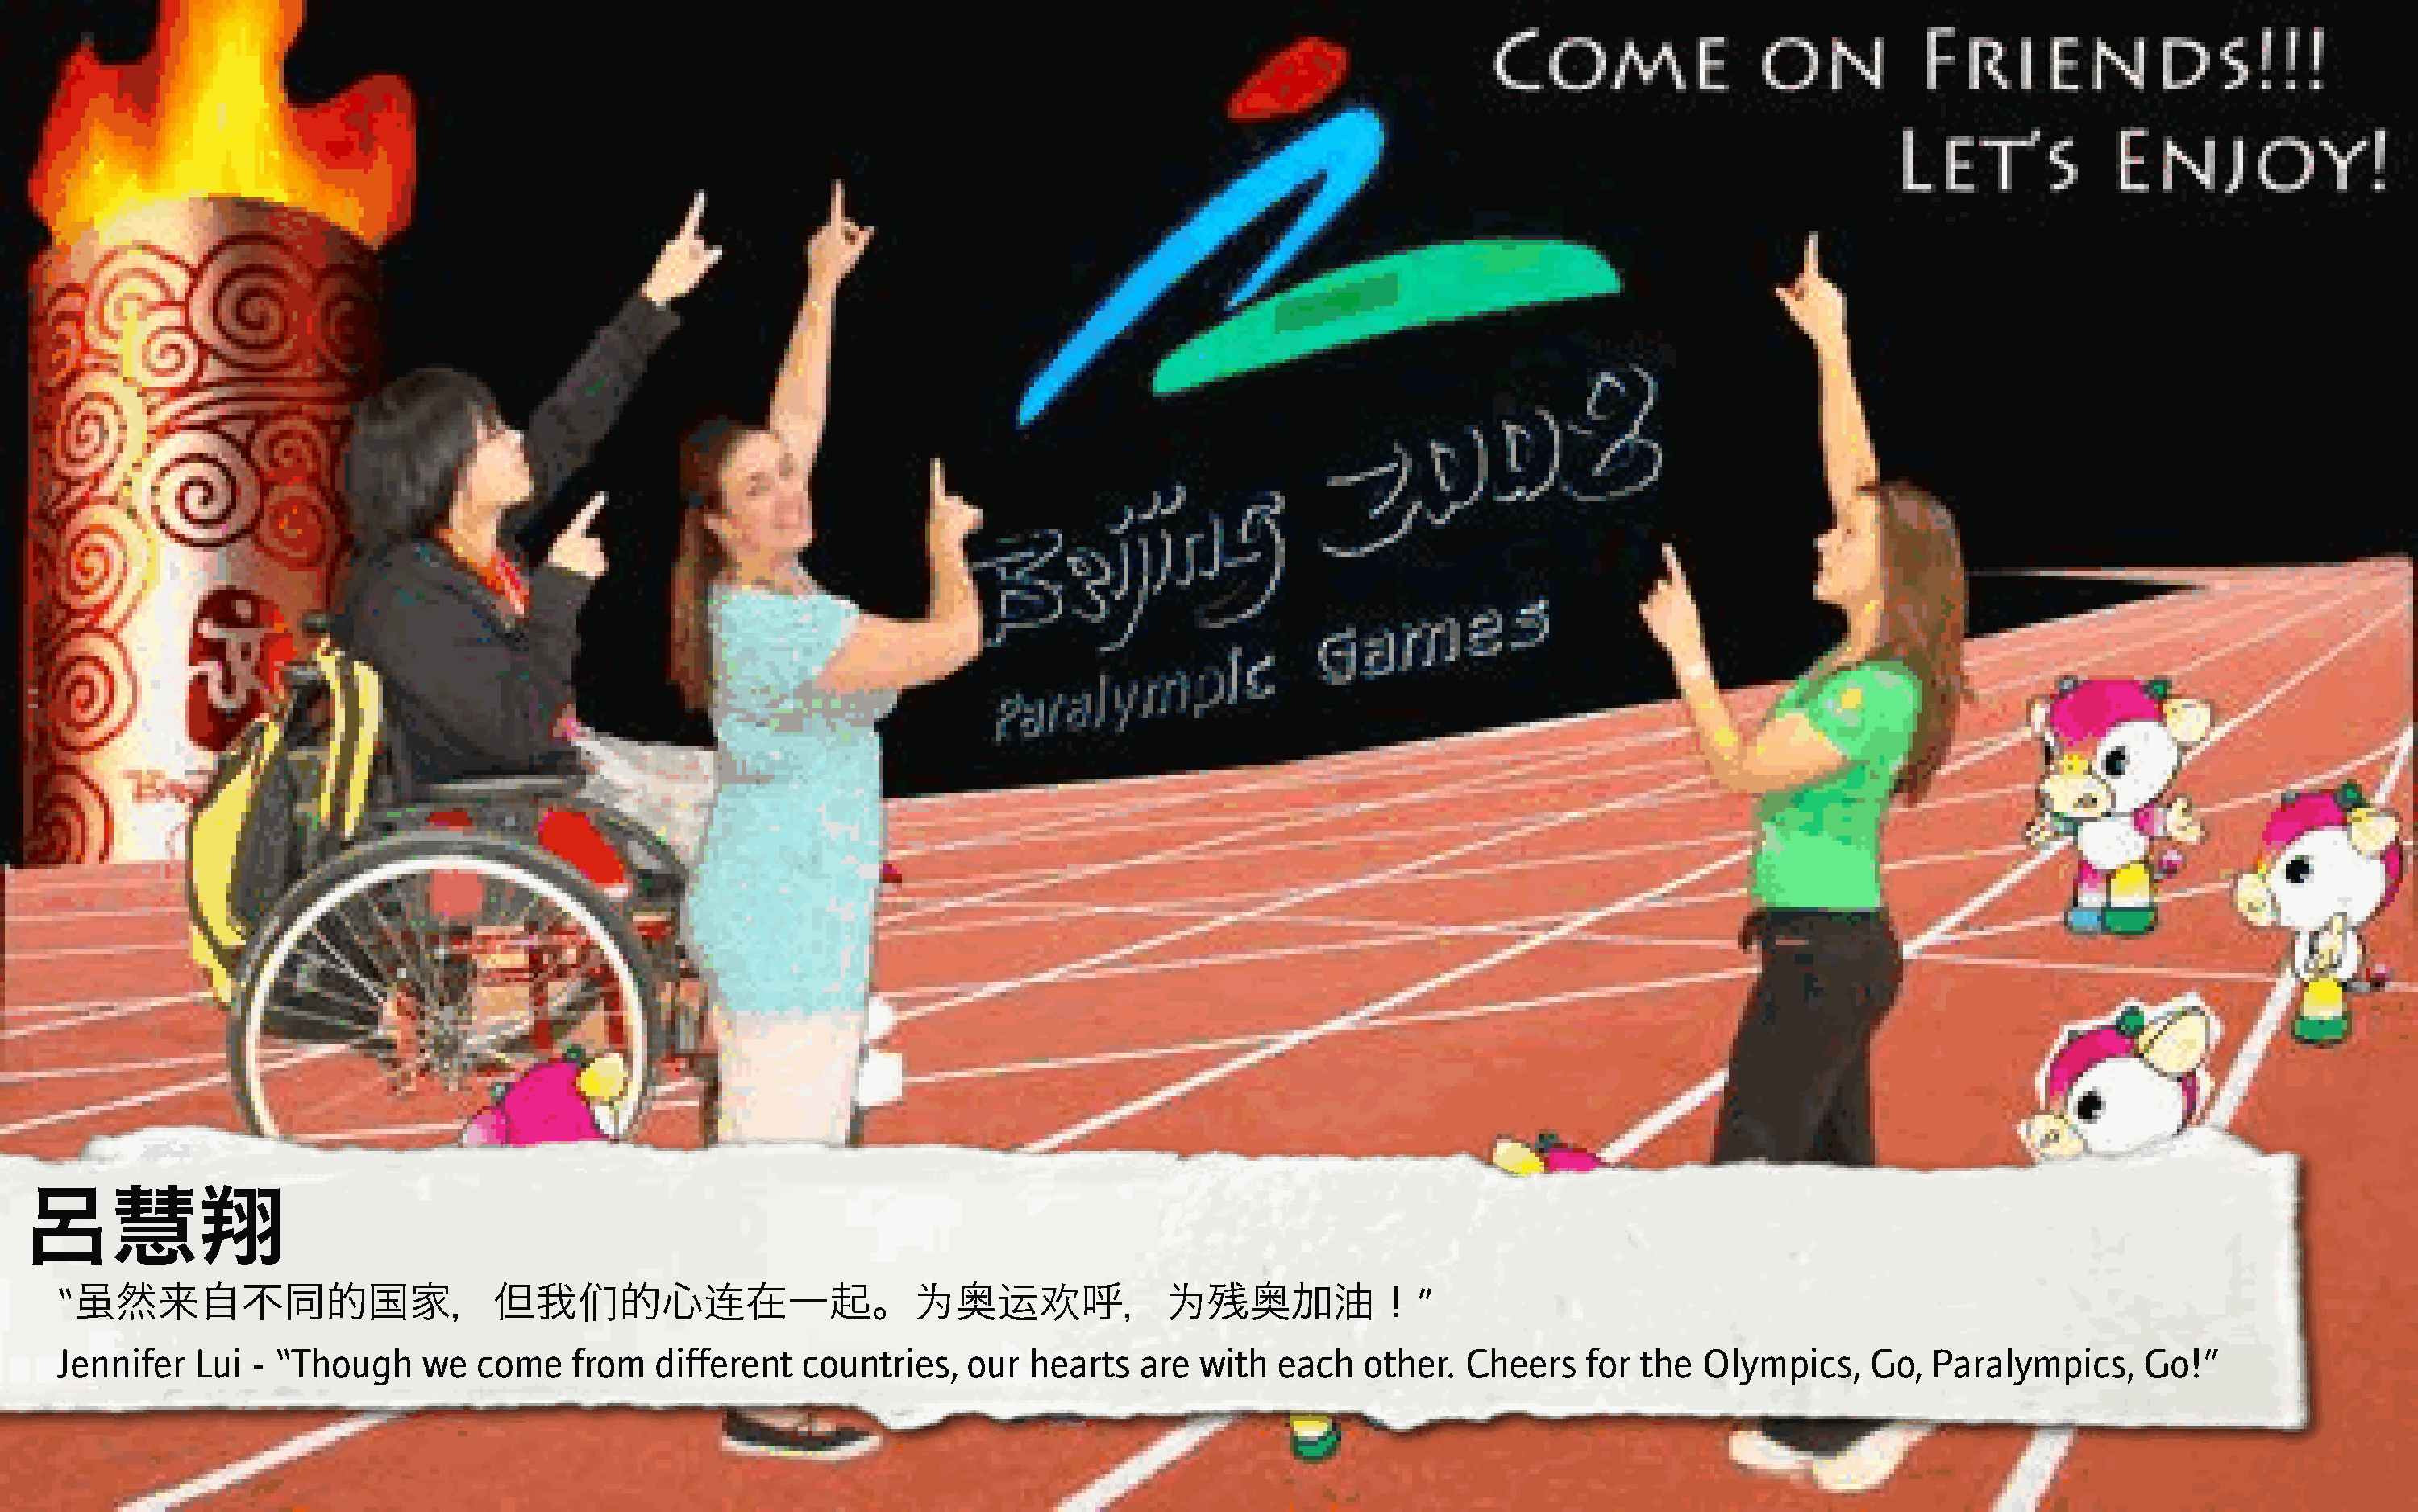
呂慧翔
 “                                         ,          K                7      LM            7                   ”
 虽然来自不同的国家，但我                                 的心        在一起。             奥          呼，        残奥加油！
 Jennifer   Lui  - “Though     we  come    from   different   countries,   our   hearts   are  with  each   other.  Cheers    for  the  Olympics,     Go,  Paralympics,     Go!”